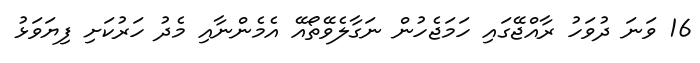
16 ވަނަ ދުވަހު ރާއްޖޭގައި ހަމަޖެހުން ނަގާލެވޭތޯއޭ އެމެންނާއި މެދު ހަރުކަށި ފިޔަވަޅު